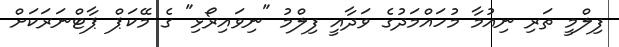
ފިލްމީ ތަރި ނިއުމާ މުހައްމަދުގެ ވަދާއީ ފިލްމު "ނިވައިރޯޅި" ގެ މޭކަޕް ޕާޓްނަރަކަށް